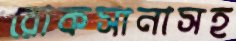
রোকসানাসহ